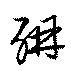
酣